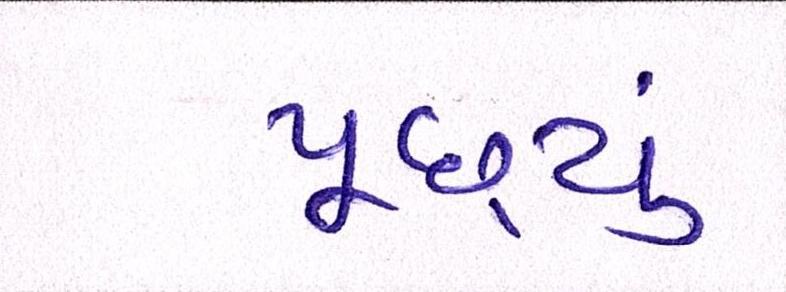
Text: પૂછ્યું